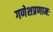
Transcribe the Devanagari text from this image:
गणेशप्रणामः